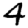
Digit: 4